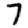
Digit: 7